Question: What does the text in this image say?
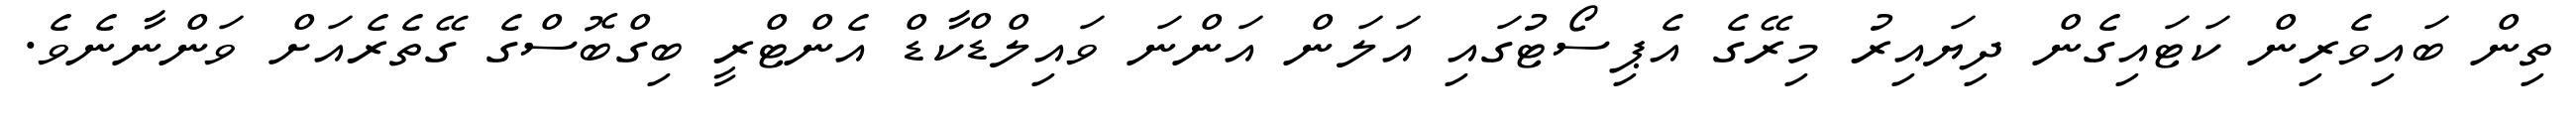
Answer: ތިން ބައިވެރިން ކަޓައިގެން ދިޔައިރު މިރޭގެ އެޕިސޯޓުގައި އަލަން އަންނަ ވައިލްޑްކާޑް އެންޓްރީ ބިގްބޮސްގެ ގޭތެރެއަށް ވަންނާނެވެ.